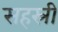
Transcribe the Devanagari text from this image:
सहस्री